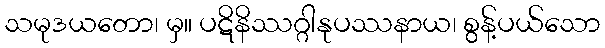
သမုဒယတော၊ မှ။ ပဋိနိဿဂ္ဂါနုပဿနာယ၊ စွန့်ပယ်သော